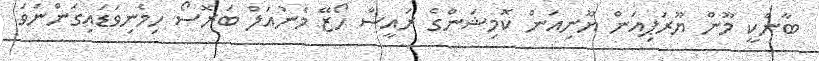
ބާންކީ މޫން ޔޫރަޕިއަން ޔޫނިއަން ކޮމިޝަންގެ ރައީސް ހޯޒޭ މެނުއަލް ބަރޮސޯ ހިމެނިވަޑައިގަންނަވަ